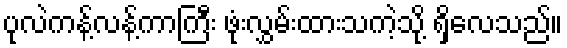
ပုလဲကန့်လန့်ကာကြီး ဖုံးလွှမ်းထားသကဲ့သို့ ရှိလေသည်။